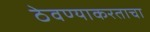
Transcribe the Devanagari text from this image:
ठेवण्याकरताचा